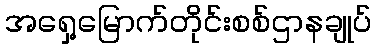
အရှေ့မြောက်တိုင်းစစ်ဌာနချုပ်